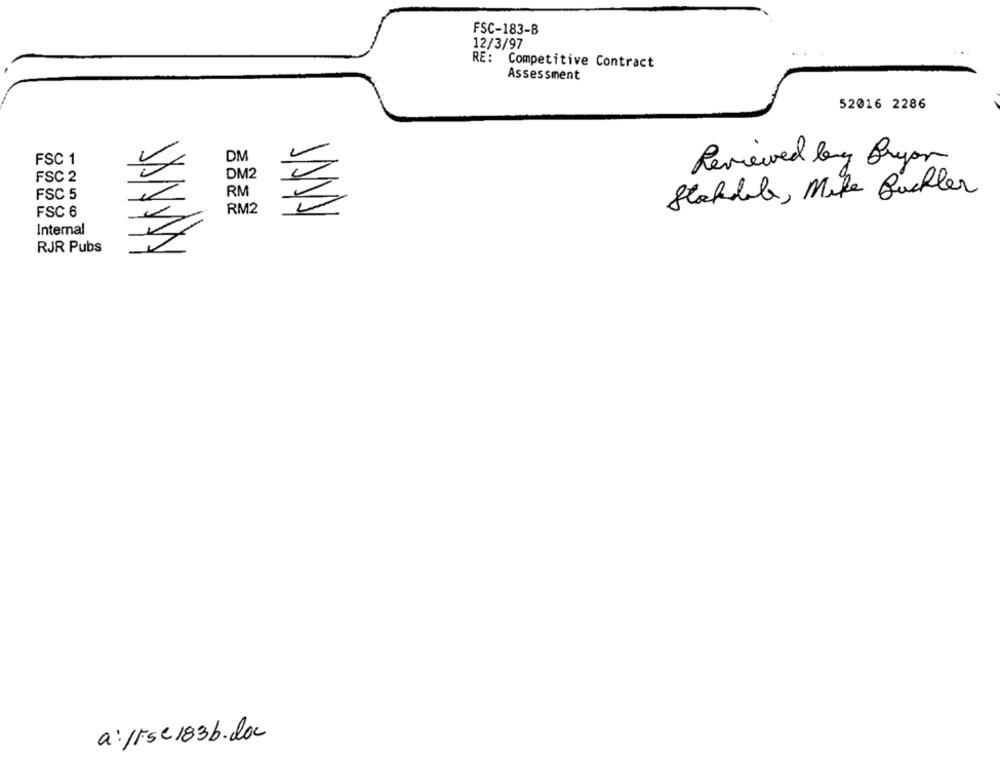
FSC-183-8
12/3/97
RE: Competitive Contract
Assessment
52016 2286
FSC 1
DM
Reviewed long Bayor
DM2
FSC 2
RM
Stackdele, Mike Buchler
FSC 5
FSC 6
RM2
Internal
RJR Pubs
a:frse183b.doc